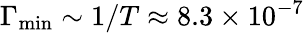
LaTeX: \Gamma_{\mathrm{min}}\sim 1/T\approx 8.3\times 10^{-7}